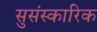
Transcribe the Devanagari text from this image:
सुसंस्कारिक